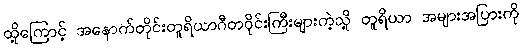
ထို့ကြောင့် အနောက်တိုင်းတူရိယာဂီတဝိုင်းကြီးများကဲ့သို့ တူရိယာ အများအပြားကို